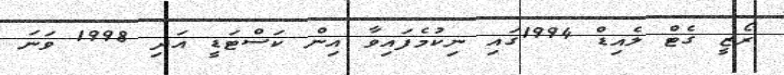
ރޯޒީ ގެޓް ލެއިޑް 1994ގައި ނިކުމެފައިވާ އިން ކަސްޓަޑީ އަދި 1998 ވަނަ